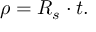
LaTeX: \rho = R _ { s } \cdot t .